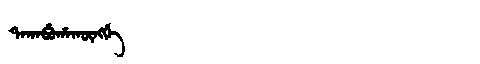
Manchu: ᡨᠠᡴᠠᠪᡠᡥᠠᡴᡡᠩᡤᡝ
Romanization: TAKABUHAKŪNGGE